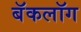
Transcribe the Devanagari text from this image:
बॅकलॉग